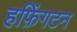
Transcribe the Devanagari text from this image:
हफ़िंगटन